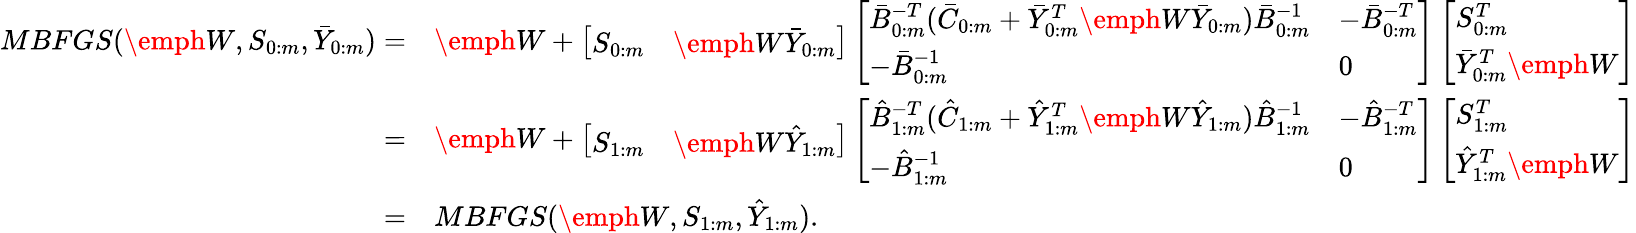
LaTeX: \begin{array}{rl}{MBFGS(\emph W,S_{0:m},\bar{Y}_{0:m})=}&{\emph W+\left[\begin{array}{ll}{S_{0:m}}&{\emph W\bar{Y}_{0:m}}\end{array}\right]\left[\begin{array}{ll}{\bar{B}_{0:m}^{-T}(\bar{C}_{0:m}+\bar{Y}_{0:m}^{T}\emph W\bar{Y}_{0:m})\bar{B}_{0:m}^{-1}}&{-\bar{B}_{0:m}^{-T}}\\ {-\bar{B}_{0:m}^{-1}}&{0}\end{array}\right]\left[\begin{array}{l}{S_{0:m}^{T}}\\ {\bar{Y}_{0:m}^{T}\emph W}\end{array}\right]}\\ {=}&{\emph W+\left[\begin{array}{ll}{S_{1:m}}&{\emph W\hat{Y}_{1:m}}\end{array}\right]\left[\begin{array}{ll}{\hat{B}_{1:m}^{-T}(\hat{C}_{1:m}+\hat{Y}_{1:m}^{T}\emph W\hat{Y}_{1:m})\hat{B}_{1:m}^{-1}}&{-\hat{B}_{1:m}^{-T}}\\ {-\hat{B}_{1:m}^{-1}}&{0}\end{array}\right]\left[\begin{array}{l}{S_{1:m}^{T}}\\ {\hat{Y}_{1:m}^{T}\emph W}\end{array}\right]}\\ {=}&{MBFGS(\emph W,S_{1:m},\hat{Y}_{1:m}).}\end{array}